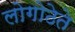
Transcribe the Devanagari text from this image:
लोगोठेते